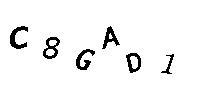
C8GAD1